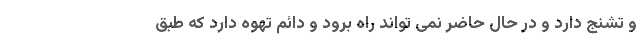
و تشنج دارد و در حال حاضر نمی تواند راه برود و دائم تهوه دارد که طبق